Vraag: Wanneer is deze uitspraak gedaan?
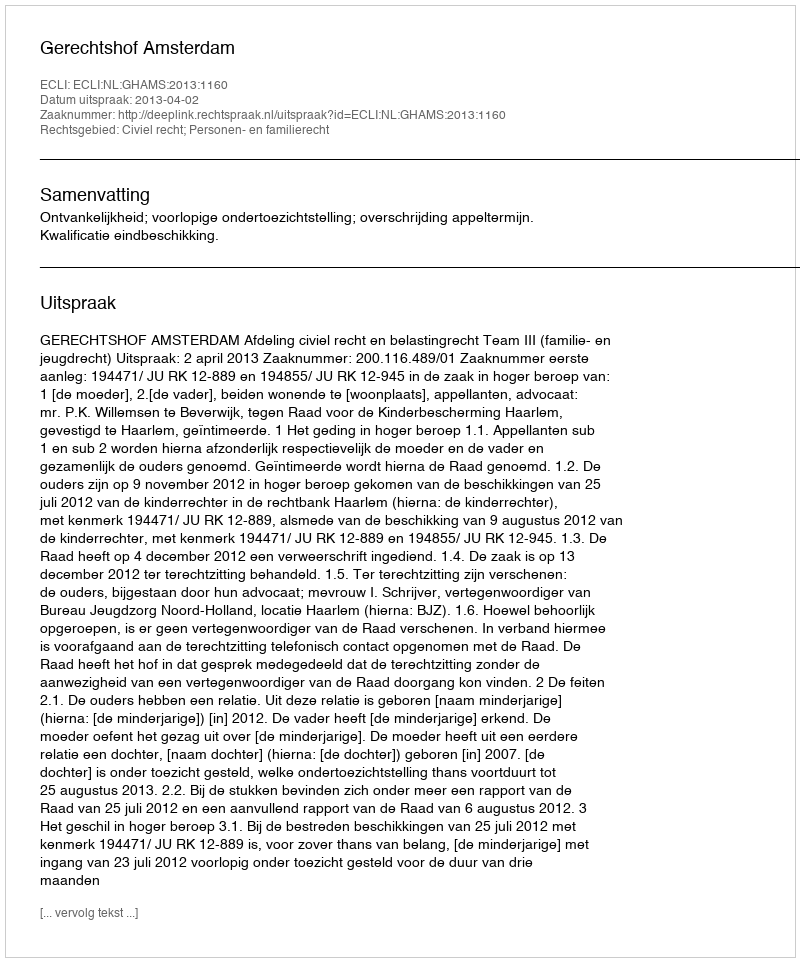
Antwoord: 2013-04-02